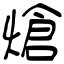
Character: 熗